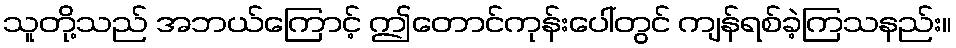
သူတို့သည် အဘယ်ကြောင့် ဤတောင်ကုန်းပေါ်တွင် ကျန်ရစ်ခဲ့ကြသနည်း။